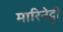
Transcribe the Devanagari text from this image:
मारिनेट्टी